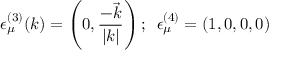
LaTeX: \epsilon _ { \mu } ^ { ( 3 ) } ( k ) = \left( 0 , \frac { - \vec { k } } { | k | } \right) ; \ \, \epsilon _ { \mu } ^ { ( 4 ) } = ( 1 , 0 , 0 , 0 )